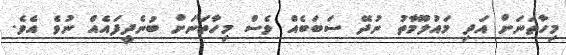
މިހާތަނަށް އަދި މައުލޫމާތު ނުދޭ ސަބަބެއް ވެސް މިހާތަނަށް ބުނެދީފައެއް ނުވެ އެވެ.